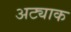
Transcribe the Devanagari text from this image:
अट्याक